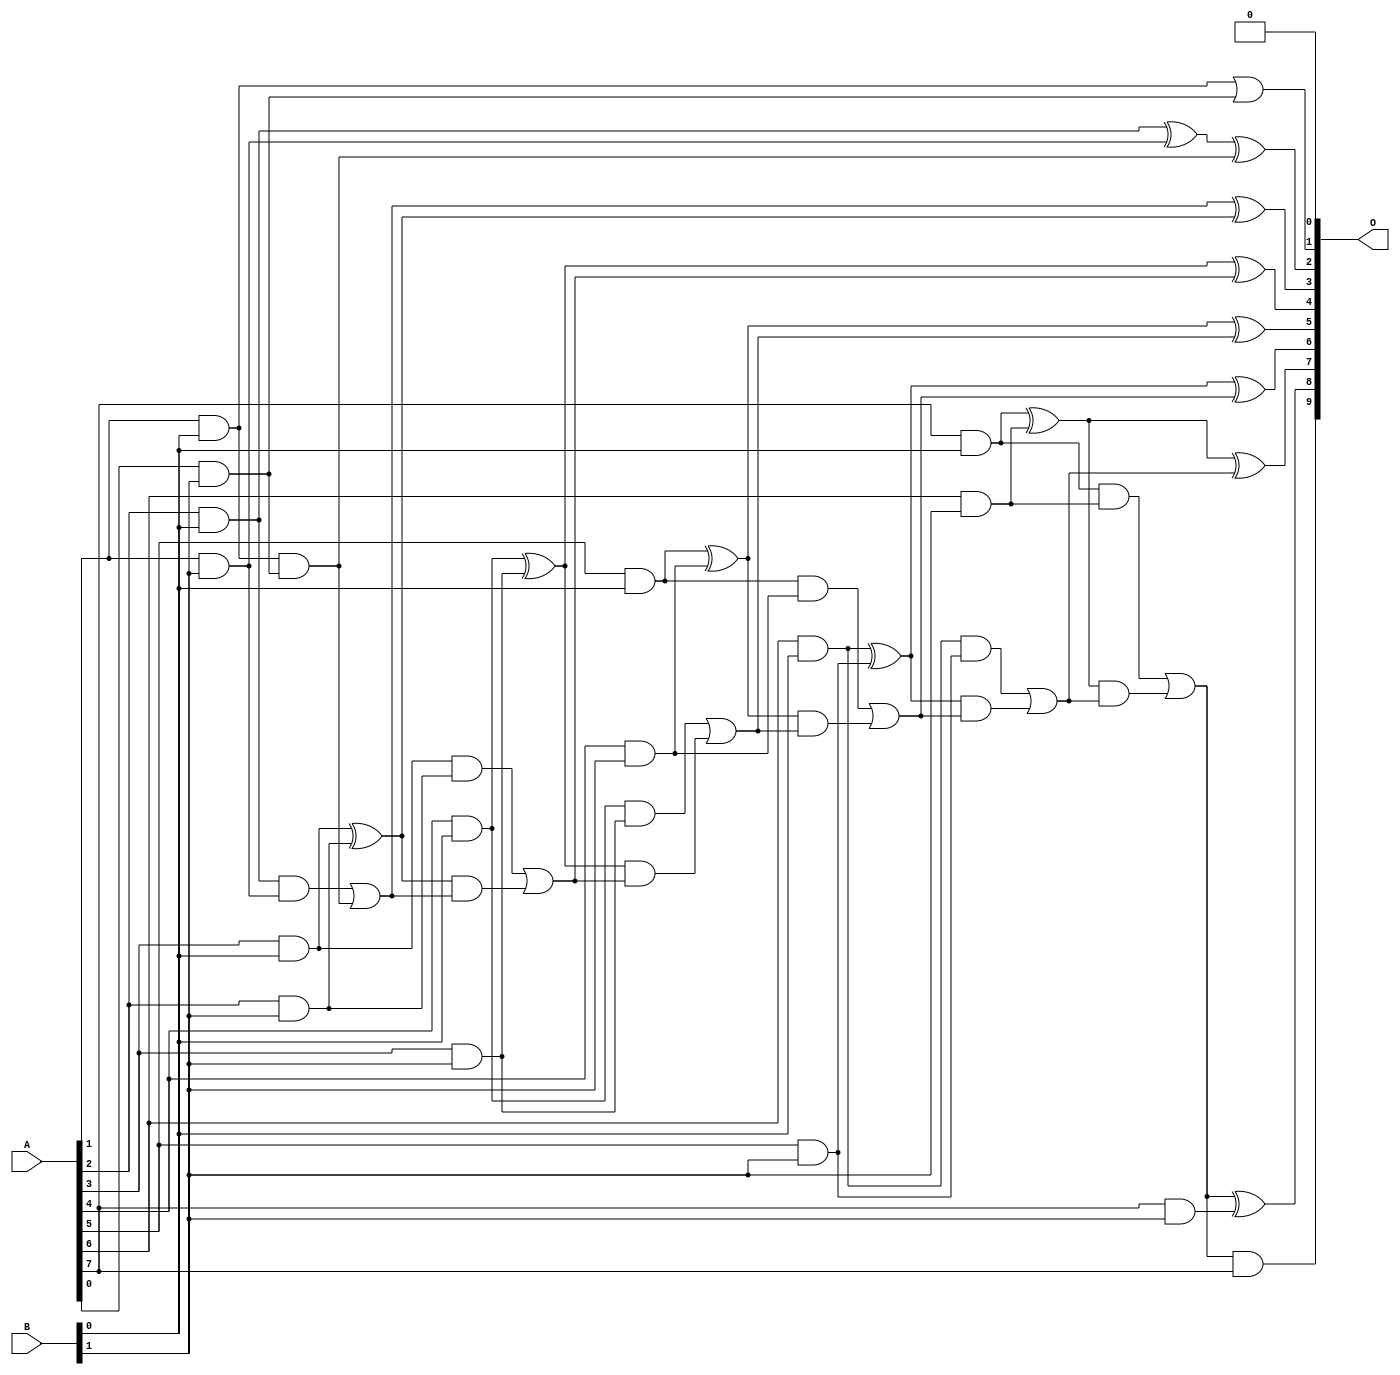
// This program was cloned from: https://github.com/ehw-fit/evoapproxlib
// License: MIT License

/***
* This code is a part of EvoApproxLib library (ehw.fit.vutbr.cz/approxlib) distributed under The MIT License.
* When used, please cite the following article(s): V. Mrazek, L. Sekanina, Z. Vasicek "Libraries of Approximate Circuits: Automated Design and Application in CNN Accelerators" IEEE Journal on Emerging and Selected Topics in Circuits and Systems, Vol 10, No 4, 2020 
* This file contains a circuit from a sub-set of pareto optimal circuits with respect to the pwr and mse parameters
***/
// MAE% = 0.024 %
// MAE = 0.25 
// WCE% = 0.098 %
// WCE = 1.0 
// WCRE% = 100.00 %
// EP% = 25.00 %
// MRE% = 0.59 %
// MSE = 0.25 
// PDK45_PWR = 0.032 mW
// PDK45_AREA = 110.3 um2
// PDK45_DELAY = 0.64 ns

module mul8x2u_07K (
    A,
    B,
    O
);

input [7:0] A;
input [1:0] B;
output [9:0] O;

wire sig_11,sig_12,sig_13,sig_14,sig_15,sig_16,sig_17,sig_18,sig_19,sig_20,sig_21,sig_22,sig_23,sig_24,sig_25,sig_26,sig_27,sig_28,sig_29,sig_30;
wire sig_31,sig_32,sig_33,sig_34,sig_35,sig_37,sig_38,sig_39,sig_40,sig_41,sig_42,sig_43,sig_44,sig_45,sig_46,sig_47,sig_48,sig_49,sig_50,sig_51;
wire sig_52,sig_53,sig_54,sig_55,sig_56,sig_57,sig_58,sig_59;

assign sig_11 = A[1] & B[0];
assign sig_12 = A[2] & B[0];
assign sig_13 = A[3] & B[0];
assign sig_14 = A[4] & B[0];
assign sig_15 = A[5] & B[0];
assign sig_16 = A[6] & B[0];
assign sig_17 = A[7] & B[0];
assign sig_18 = A[0] & B[1];
assign sig_19 = A[1] & B[1];
assign sig_20 = A[2] & B[1];
assign sig_21 = A[3] & B[1];
assign sig_22 = A[4] & B[1];
assign sig_23 = A[5] & B[1];
assign sig_24 = A[6] & B[1];
assign sig_25 = A[7] & B[1];
assign sig_26 = sig_11 & sig_18;
assign sig_27 = sig_11 | sig_18;
assign sig_28 = sig_17 & sig_24;
assign sig_29 = sig_12 & sig_19;
assign sig_30 = sig_12 ^ sig_19;
assign sig_31 = sig_30 ^ sig_26;
assign sig_32 = sig_29 | sig_26;
assign sig_33 = sig_13 ^ sig_20;
assign sig_34 = sig_13 & sig_20;
assign sig_35 = sig_33 & sig_32;
assign sig_37 = sig_34 | sig_35;
assign sig_38 = sig_14 ^ sig_21;
assign sig_39 = sig_14 & sig_21;
assign sig_40 = sig_38 & sig_37;
assign sig_41 = sig_38 ^ sig_37;
assign sig_42 = sig_39 | sig_40;
assign sig_43 = sig_15 ^ sig_22;
assign sig_44 = sig_15 & sig_22;
assign sig_45 = sig_43 & sig_42;
assign sig_46 = sig_43 ^ sig_42;
assign sig_47 = sig_44 | sig_45;
assign sig_48 = sig_16 ^ sig_23;
assign sig_49 = sig_16 & sig_23;
assign sig_50 = sig_48 & sig_47;
assign sig_51 = sig_48 ^ sig_47;
assign sig_52 = sig_49 | sig_50;
assign sig_53 = sig_17 ^ sig_24;
assign sig_54 = sig_32 ^ sig_33;
assign sig_55 = sig_53 & sig_52;
assign sig_56 = sig_53 ^ sig_52;
assign sig_57 = sig_28 | sig_55;
assign sig_58 = sig_57 & A[7];
assign sig_59 = sig_57 ^ sig_25;

assign O[9] = sig_58;
assign O[8] = sig_59;
assign O[7] = sig_56;
assign O[6] = sig_51;
assign O[5] = sig_46;
assign O[4] = sig_41;
assign O[3] = sig_54;
assign O[2] = sig_31;
assign O[1] = sig_27;
assign O[0] = 1'b0;

endmodule